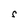
Character: s